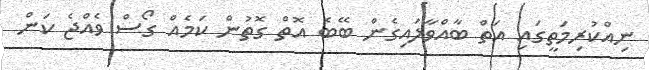
ނިއްކުރިމަތީގައި އަތް ބާއްވާލައިގެން ބޭބެ އޮތް ގޮތުން ކަމެއް ގޯސް ވެއްޖެ ކަން